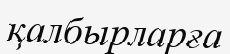
қалбырларға